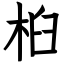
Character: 桕